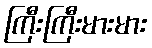
ကြီးကြီးမားမား